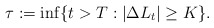
\begin{align*}\tau:=\inf\{t> T: |\Delta L_t|\geq K\}.\end{align*}